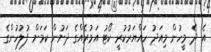
އެ ދެ މީހުން މިއަދު ހައްޔަރުކުރީ ކޯޓު އަމުރެއްގެ ދަށުން ކަމަށް ފުލުހުންގެ